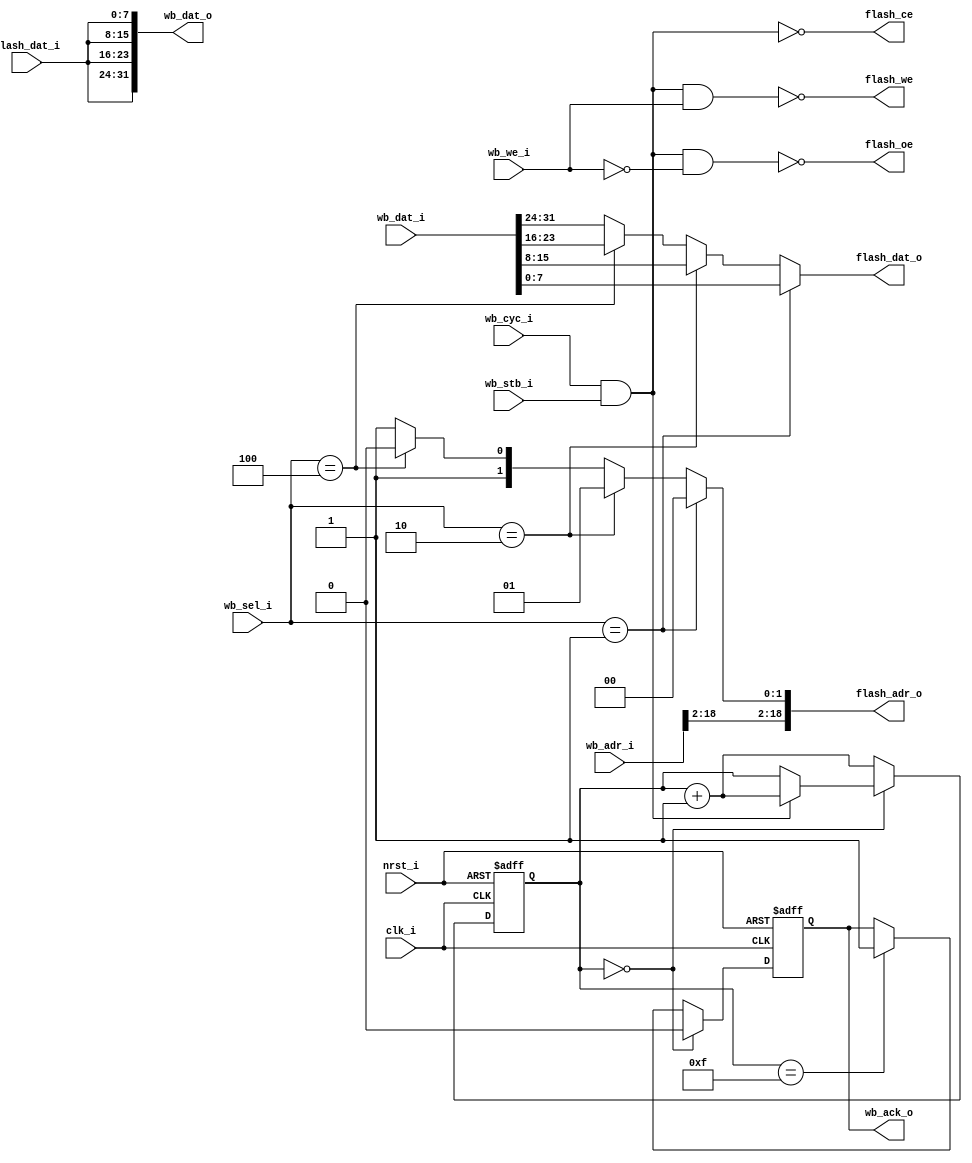
//////////////////////////////////////////////////////////////////////
////                                                              ////
////  $Id: wb_flash.v,v 1.1 2008-06-04 06:10:35 hharte Exp $          ////
////  wb_flash.v - Wishbone FLASH interface for the StrataFLASH   ////
////               on the Xilinx Spartan3E Starter Kit            ////
////                                                              ////
////  This file is part of the wb_flash Project                   ////
////  http://www.opencores.org/projects/wb_flash/                 ////
////                                                              ////
////  Author:                                                     ////
////      - Howard M. Harte (hharte@opencores.org)                ////
////                                                              ////
//////////////////////////////////////////////////////////////////////
////                                                              ////
//// Copyright (C) 2008 Howard M. Harte                           ////
////                                                              ////
//// This source file may be used and distributed without         ////
//// restriction provided that this copyright statement is not    ////
//// removed from the file and that any derivative work contains  ////
//// the original copyright notice and the associated disclaimer. ////
////                                                              ////
//// This source file is free software; you can redistribute it   ////
//// and/or modify it under the terms of the GNU Lesser General   ////
//// Public License as published by the Free Software Foundation; ////
//// either version 2.1 of the License, or (at your option) any   ////
//// later version.                                               ////
////                                                              ////
//// This source is distributed in the hope that it will be       ////
//// useful, but WITHOUT ANY WARRANTY; without even the implied   ////
//// warranty of MERCHANTABILITY or FITNESS FOR A PARTICULAR      ////
//// PURPOSE.  See the GNU Lesser General Public License for more ////
//// details.                                                     ////
////                                                              ////
//// You should have received a copy of the GNU Lesser General    ////
//// Public License along with this source; if not, download it   ////
//// from http://www.opencores.org/lgpl.shtml                     ////
////                                                              ////
//////////////////////////////////////////////////////////////////////

module wb_flash(
    // Parallel FLASH Interface
    clk_i, nrst_i, wb_adr_i, wb_dat_o, wb_dat_i, wb_sel_i, wb_we_i,
    wb_stb_i, wb_cyc_i, wb_ack_o,
    flash_adr_o, flash_dat_o, flash_dat_i,
    flash_oe, flash_ce, flash_we
);

    //
    // Default address and data bus width
    //
    parameter aw = 19;   // number of address-bits
    parameter dw = 32;   // number of data-bits
    parameter ws = 4'hf; // number of wait-states

    //
    // FLASH interface
    //
    input   clk_i;
    input   nrst_i;
    input   [aw-1:0] wb_adr_i;
    output  [dw-1:0] wb_dat_o;
    input   [dw-1:0] wb_dat_i;
    input   [3:0] wb_sel_i;
    input   wb_we_i;
    input   wb_stb_i;
    input   wb_cyc_i;
    output reg wb_ack_o;
    output  [18:0] flash_adr_o;
    output  [7:0] flash_dat_o;
    input   [7:0] flash_dat_i;
    output  flash_oe;
    output  flash_ce;
    output  flash_we;
    reg [3:0] waitstate;

    wire    [1:0] adr_low;

    // Wishbone read/write accesses
    wire wb_acc = wb_cyc_i & wb_stb_i;    // WISHBONE access
    wire wb_wr  = wb_acc & wb_we_i;       // WISHBONE write access
    wire wb_rd  = wb_acc & !wb_we_i;      // WISHBONE read access

    always @(posedge clk_i or negedge nrst_i)
        if(~nrst_i)
        begin
            waitstate <= 4'b0;
                wb_ack_o <= 1'b0;
        end
        else begin
                if(waitstate == 4'b0) begin
                    wb_ack_o <= 1'b0;
                    if(wb_acc) begin
                        waitstate <= waitstate + 1;
                    end
                end
                else begin
                    waitstate <= waitstate + 1;
                    if(waitstate == ws)
                        wb_ack_o <= 1'b1;
                end
         end

    assign flash_ce = !wb_acc;
    assign flash_we = !wb_wr;
    assign flash_oe = !wb_rd;

    assign adr_low = wb_sel_i == 4'b0001 ? 2'b00 : wb_sel_i == 4'b0010 ? 2'b01 : wb_sel_i == 4'b0100 ? 2'b10 : 2'b11;
    assign flash_adr_o = {wb_adr_i[18:2], adr_low};
    assign flash_dat_o = wb_sel_i == 4'b0001 ? wb_dat_i[7:0] : wb_sel_i == 4'b0010 ? wb_dat_i[15:8] : wb_sel_i == 4'b0100 ? wb_dat_i[23:16] : wb_dat_i[31:24];
    assign wb_dat_o = {flash_dat_i, flash_dat_i, flash_dat_i, flash_dat_i};

endmodule